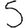
Digit: 5